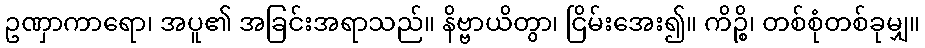
ဥဏှာကာရော၊ အပူ၏ အခြင်းအရာသည်။ နိဗ္ဗာယိတွာ၊ ငြိမ်းအေး၍။ ကိဉ္စိ၊ တစ်စုံတစ်ခုမျှ။